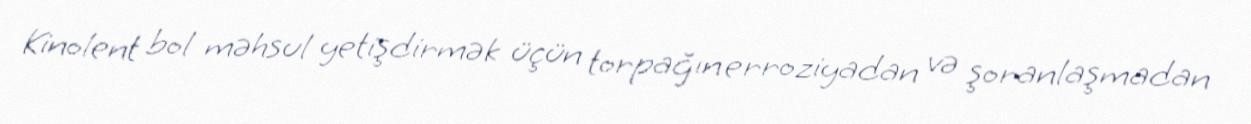
Kinolent bol məhsul yetişdirmək üçün torpağın erroziyadan və şoranlaşmadan